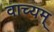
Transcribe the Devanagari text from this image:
वाच्यम्